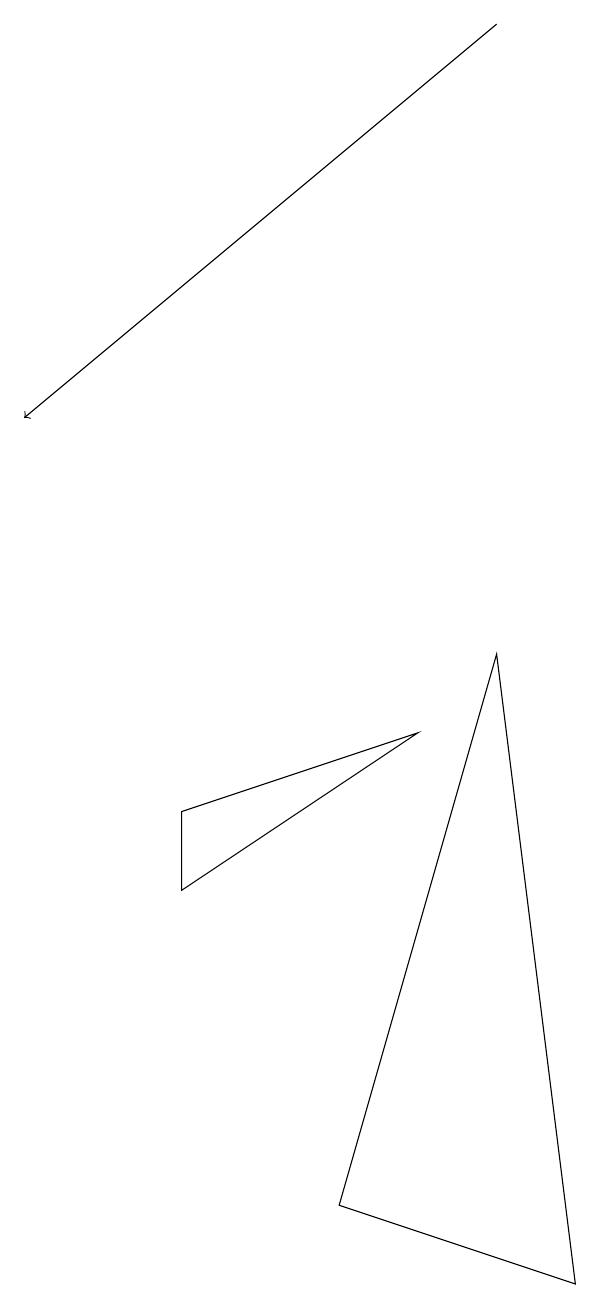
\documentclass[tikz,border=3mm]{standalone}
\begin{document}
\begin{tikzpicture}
\draw (3,5) -- (6,7) -- (3,6) -- cycle;
\draw (7,8) -- (5,1) -- (8,0) -- cycle;
\draw[->] (7,16) -- (1,11);
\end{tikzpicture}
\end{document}